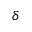
\delta